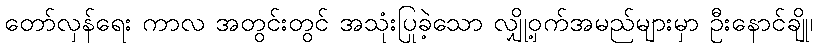
တော်လှန်ရေး ကာလ အတွင်းတွင် အသုံးပြုခဲ့သော လျှို့ဝှက်အမည်များမှာ ဦးနောင်ချို၊